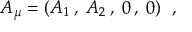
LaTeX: A _ { \mu } = ( A _ { 1 } \: , \: A _ { 2 } \: , \: 0 \: , \: 0 ) ~ ~ ,